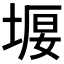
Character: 𡍿